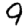
Digit: 9